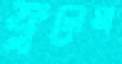
ফুলেমা